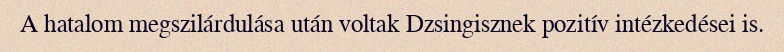
A hatalom megszilárdulása után voltak Dzsingisznek pozitív intézkedései is.